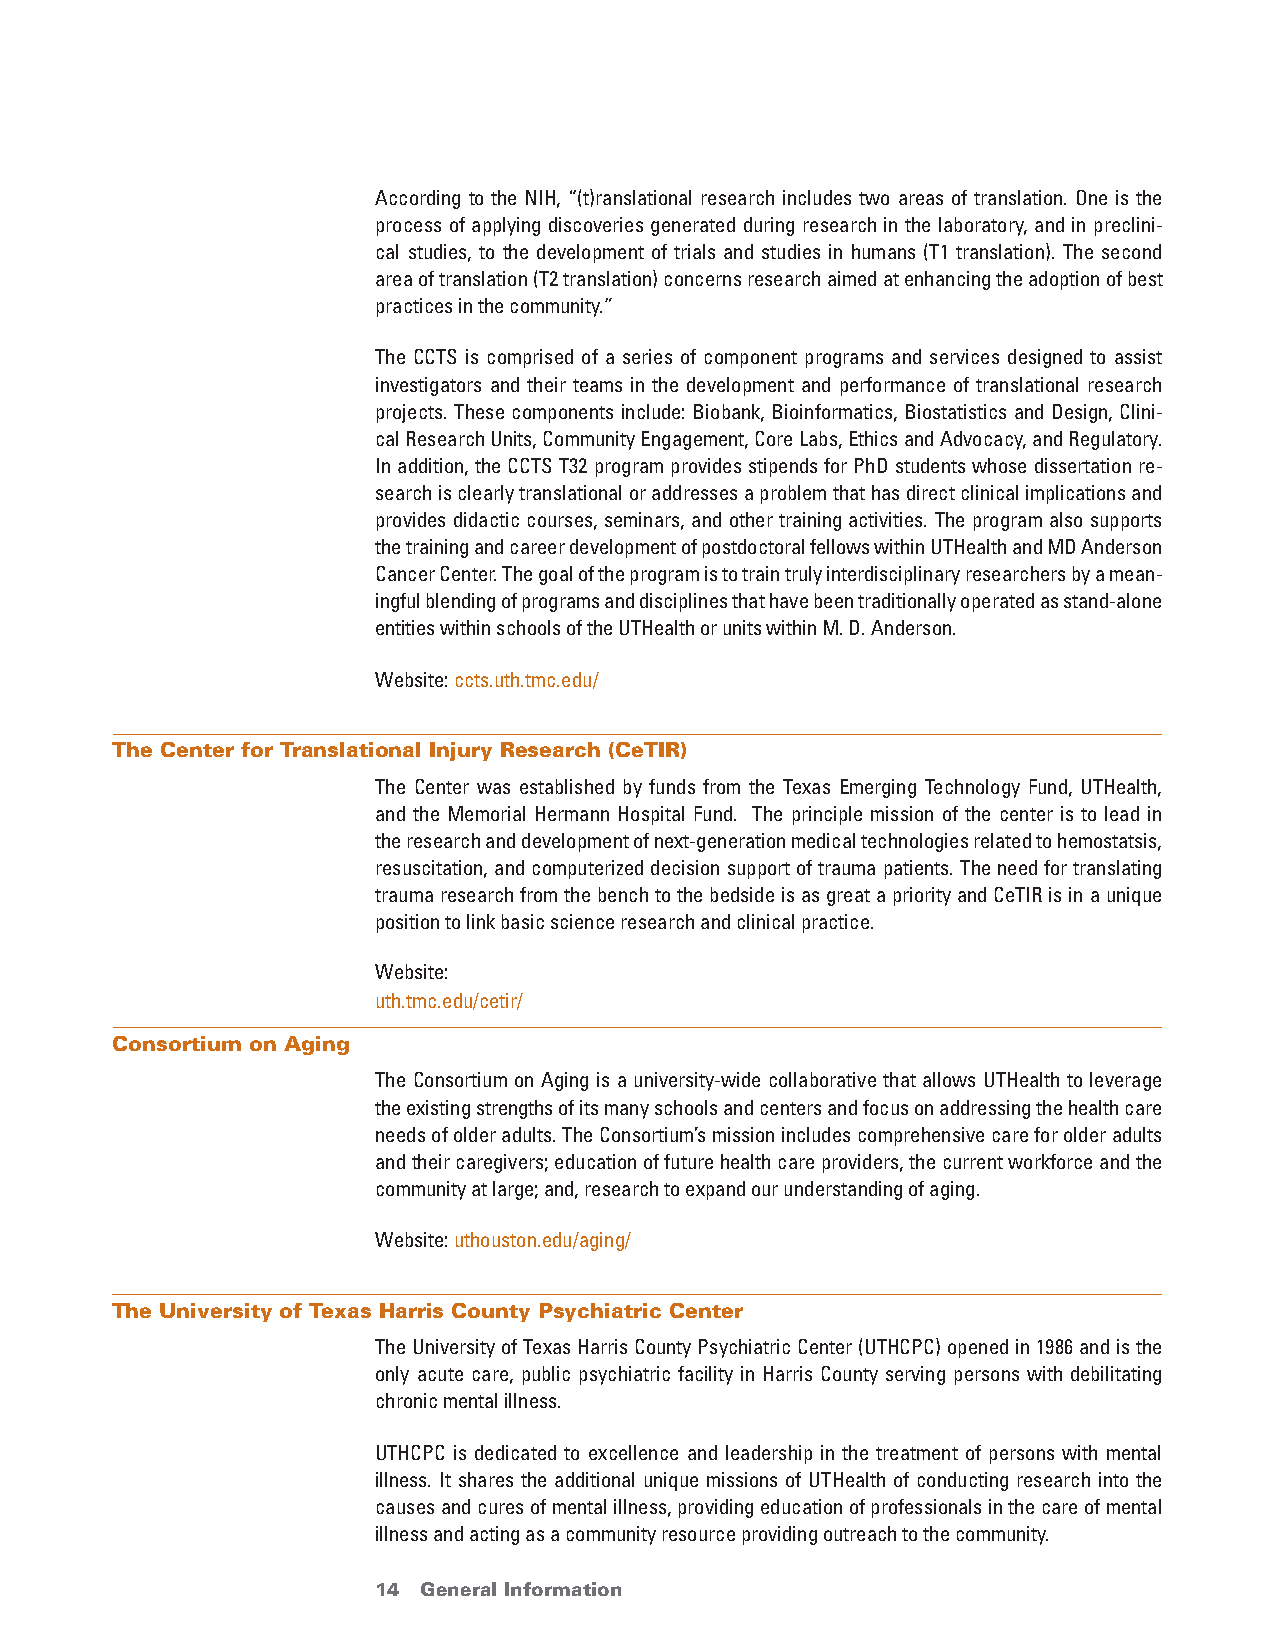
According to the NIH, “(t)ranslational research includes two areas of translation. One is the
 process of applying discoveries generated during research in the laboratory, and in preclini-
 cal studies, to the development of trials and studies in humans (T1 translation). The second
 area of translation (T2 translation) concerns research aimed at enhancing the adoption of best
 practices in the community.”
 The CCTS is comprised of a series of component programs and services designed to assist
 investigators and their teams in the development and performance of translational research
 projects. These components include: Biobank, Bioinformatics, Biostatistics and Design, Clini-
 cal Research Units, Community Engagement, Core Labs, Ethics and Advocacy, and Regulatory.
 In addition, the CCTS T32 program provides stipends for PhD students whose dissertation re-
 search is clearly translational or addresses a problem that has direct clinical implications and
 provides didactic courses, seminars, and other training activities. The program also supports
 the training and career development of postdoctoral fellows within UTHealth and MD Anderson
 Cancer Center. The goal of the program is to train truly interdisciplinary researchers by a mean-
 ingful blending of programs and disciplines that have been traditionally operated as stand-alone
 entities within schools of the UTHealth or units within M. D. Anderson.
 Website: ccts.uth.tmc.edu/
 The Center for Translational Injury Research (CeTIR)
 The Center was established by funds from the Texas Emerging Technology Fund, UTHealth,
 and the Memorial Hermann Hospital Fund. The principle mission of the center is to lead in
 the research and development of next-generation medical technologies related to hemostatsis,
 resuscitation, and computerized decision support of trauma patients. The need for translating
 trauma research from the bench to the bedside is as great a priority and CeTIR is in a unique
 position to link basic science research and clinical practice.
 Website:
 uth.tmc.edu/cetir/
 Consortium on Aging
 The Consortium on Aging is a university-wide collaborative that allows UTHealth to leverage
 the existing strengths of its many schools and centers and focus on addressing the health care
 needs of older adults. The Consortium’s mission includes comprehensive care for older adults
 and their caregivers; education of future health care providers, the current workforce and the
 community at large; and, research to expand our understanding of aging.
 Website: uthouston.edu/aging/
 The University of Texas Harris County Psychiatric Center
 The University of Texas Harris County Psychiatric Center (UTHCPC) opened in 1986 and is the
 only acute care, public psychiatric facility in Harris County serving persons with debilitating
 chronic mental illness.
 UTHCPC is dedicated to excellence and leadership in the treatment of persons with mental
 illness. It shares the additional unique missions of UTHealth of conducting research into the
 causes and cures of mental illness, providing education of professionals in the care of mental
 illness and acting as a community resource providing outreach to the community.
 14 General Information                 return to Table of Contents